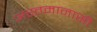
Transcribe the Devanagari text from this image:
अस्तमानासी